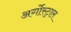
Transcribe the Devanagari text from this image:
अर्गोस्ट्राल